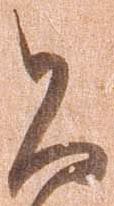
公